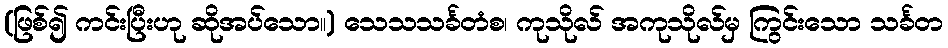
(ဖြစ်၍ ကင်းပြီးဟု ဆိုအပ်သော။) သေသသင်္ခတံစ၊ ကုသိုလ် အကုသိုလ်မှ ကြွင်းသော သင်္ခတ